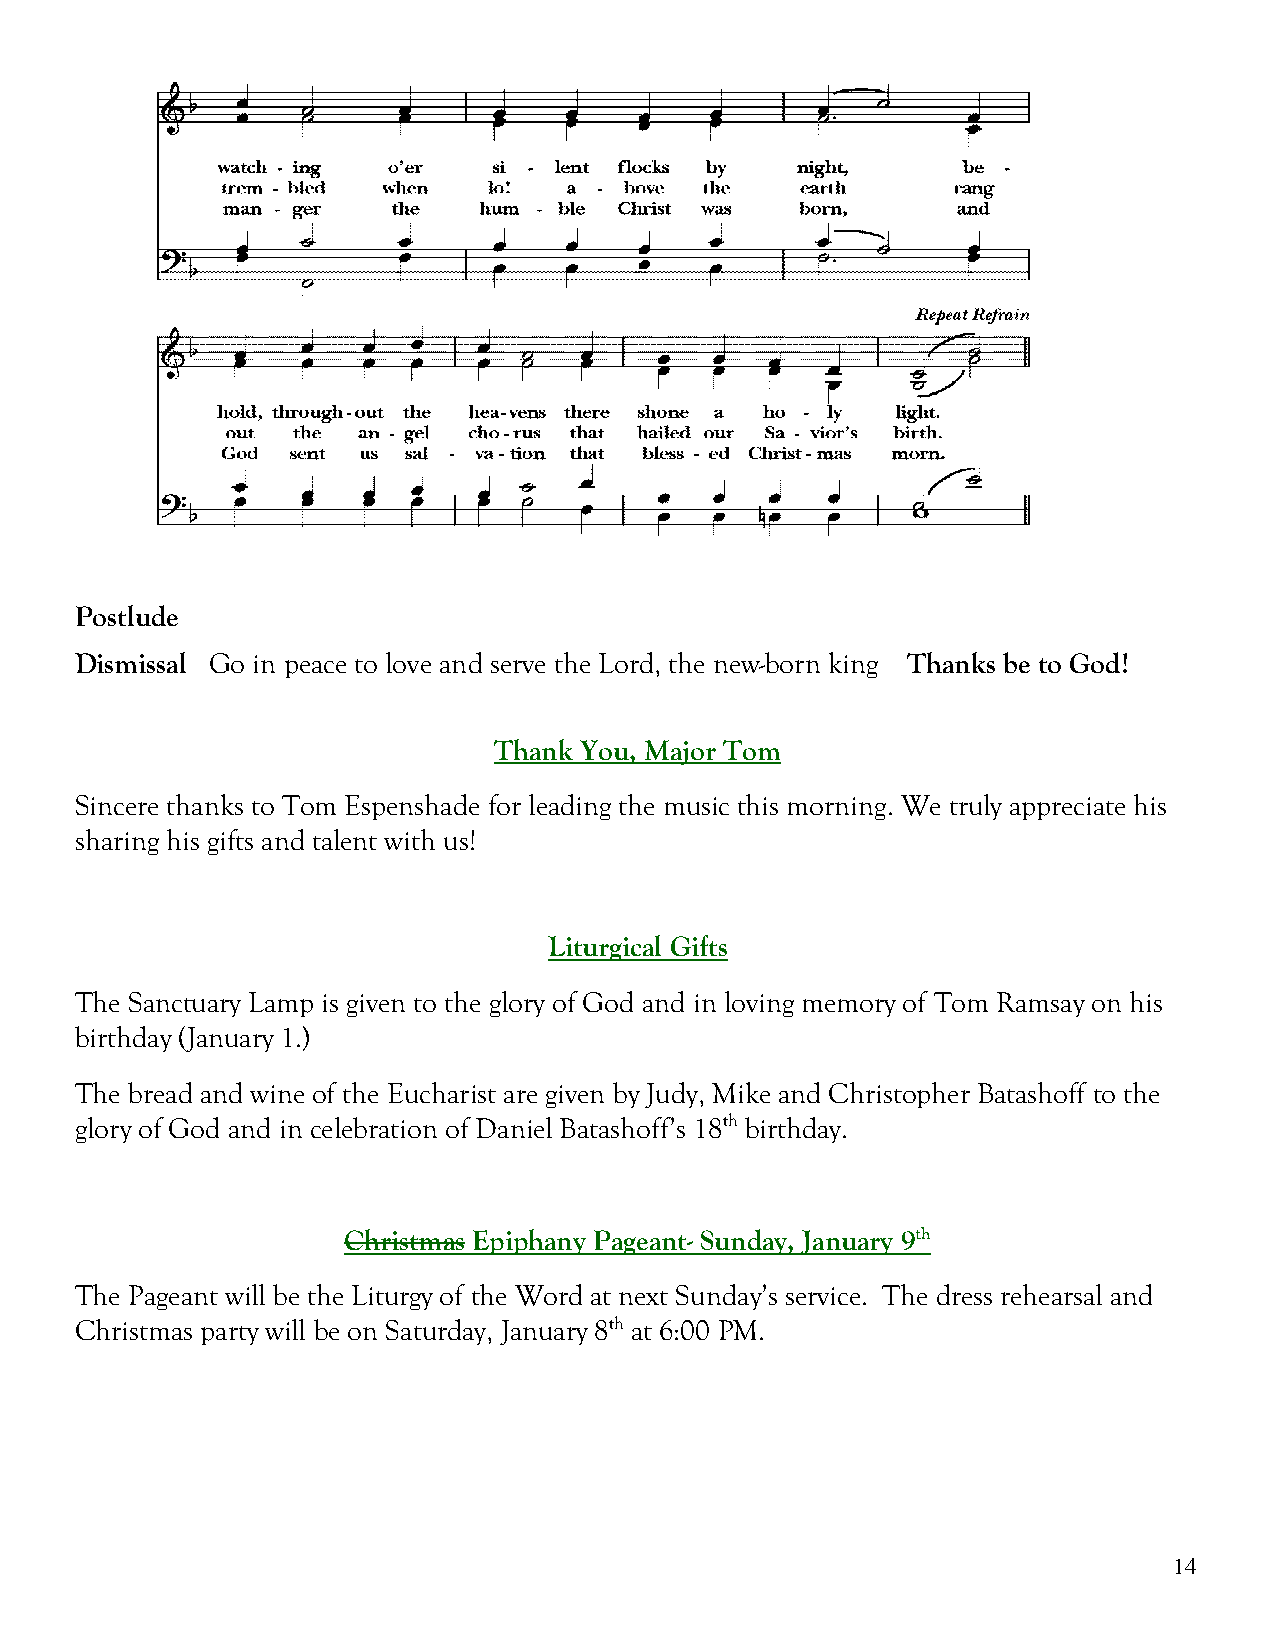
Postlude
 Dismissal Go in peace to love and serve the Lord, the new-born king Thanks be to God!
 Thank You, Major Tom
 Sincere thanks to Tom Espenshade for leading the music this morning. We truly appreciate his
 sharing his gifts and talent with us!
 Liturgical Gifts
 The Sanctuary Lamp is given to the glory of God and in loving memory of Tom Ramsay on his
 birthday (January 1.)
 The bread and wine of the Eucharist are given by Judy, Mike and Christopher Batashoff to the
 glory of God and in celebration of Daniel Batashoff’s 18th birthday.
 Christmas Epiphany Pageant- Sunday, January 9th
 The Pageant will be the Liturgy of the Word at next Sunday’s service. The dress rehearsal and
 Christmas party will be on Saturday, January 8th at 6:00 PM.
 14